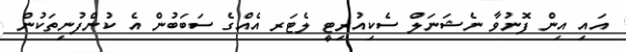
އައި އިން ފޮނުވާ ނެޝަނަލް ސެކިއުރިޓީ ލެޓަރ އެއްގެ ސަބަބުން އެ ކުންފުނިތަކުން